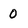
Character: 0